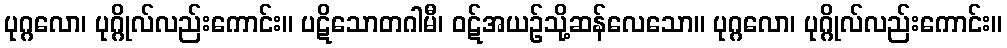
ပုဂ္ဂလော၊ ပုဂ္ဂိုလ်လည်းကောင်း။ ပဋိသောတဂါမီ၊ ဝဋ်အယဉ်သို့ဆန်လေသော။ ပုဂ္ဂလော၊ ပုဂ္ဂိုလ်လည်းကောင်း။